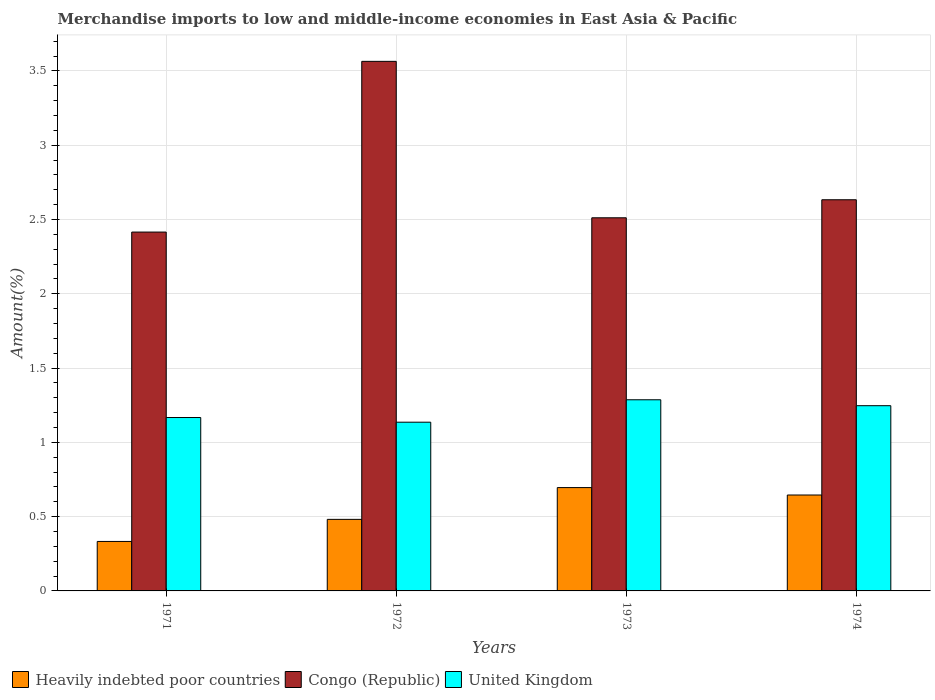
| Years | Heavily indebted poor countries | Congo (Republic) | United Kingdom |
 | --- | --- | --- | --- |
 | 1971 | 0.333 | 2.42 | 1.17 |
 | 1972 | 0.482 | 3.56 | 1.14 |
 | 1973 | 0.695 | 2.51 | 1.29 |
 | 1974 | 0.646 | 2.63 | 1.25 |